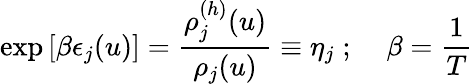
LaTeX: \exp\left[\beta\epsilon_{j}(u)\right]=\frac{\rho_{j}^{(h)}(u)}{\rho_{j}(u)}\equiv\eta_{j}\; ;\; \; \; \; \beta=\frac{1}{T}